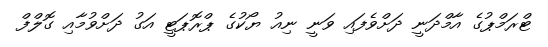
ޓްރަމްޕުގެ އާމްދަނީ ދަށްވެފައި ވަނީ ނިއު ޔޯކުގެ ޕްރޮޕަޓީ އަގު ދަށްވުމާއި ގޮލްފް